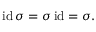
\operatorname { i d } \sigma = \sigma \operatorname { i d } = \sigma .